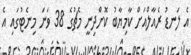
އެ ލަނޑު ރެއާލްއަށް ކާމިޔާބު ކޮށްދިނީ މެޗުގެ 38 ވަނަ މިނެޓުގައި އެ